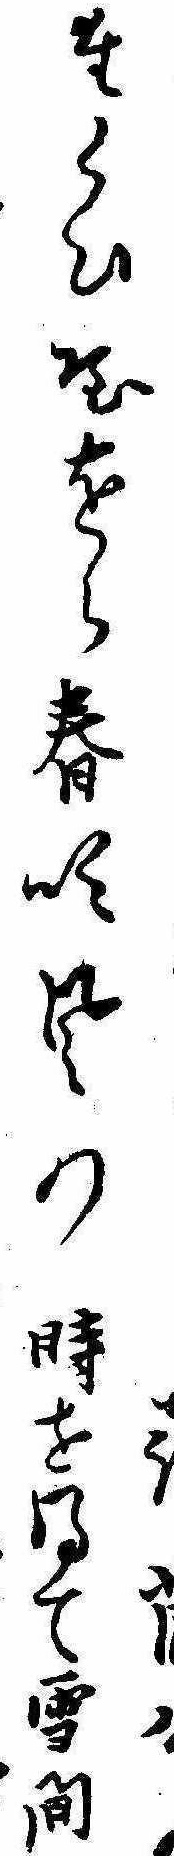
たくひやをら春吹風の時を得て雪間